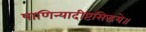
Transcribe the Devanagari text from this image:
पाणिन्यादीष्टसिद्धये॥